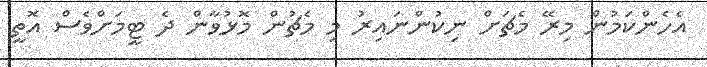
އެހެންކަމުން މިރޭ މެޗަށް ނިކުންނައިރު މި މެޗުން މޮޅުވާން ދެ ޓީމަށްވެސް އޮތީ